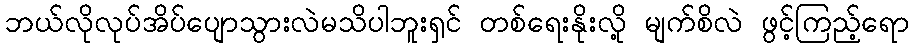
ဘယ်လိုလုပ်အိပ်ပျောသွားလဲမသိပါဘူးရှင် တစ်ရေးနိုးလို့ မျက်စိလဲ ဖွင့်ကြည့်ရော